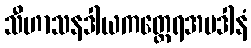
သီဟာသနဒါယကတ္ထေရအပဒါနံ